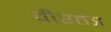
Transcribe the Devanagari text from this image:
वीरतंत्र